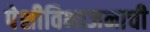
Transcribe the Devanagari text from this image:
पेशीविभाजनाची